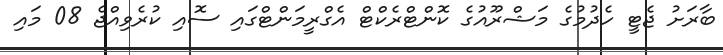
ބާރަށު ޖެޓީ ހެދުމުގެ މަޝްރޫއުގެ ކޮންޓްރެކްޓް އެގްރީމަންޓްގައި ސޮއި ކުރެވިއްޖެ 08 މައި